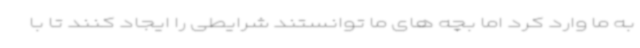
به ما وارد کرد اما بچه های ما توانستند شرایطی را ایجاد کنند تا با